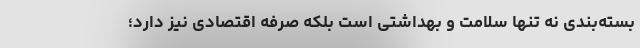
بسته‌بندی نه تنها سلامت و بهداشتی است بلکه صرفه اقتصادی نیز دارد؛